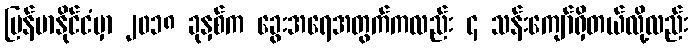
မြန်မာနိုင်ငံမှာ ၂၀၁၈ ခုနှစ်က ခွေးအရေအတွက်ကလည်း ၄ သန်းကျော်ရှိတယ်လို့လည်း